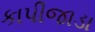
કાપીજાડા